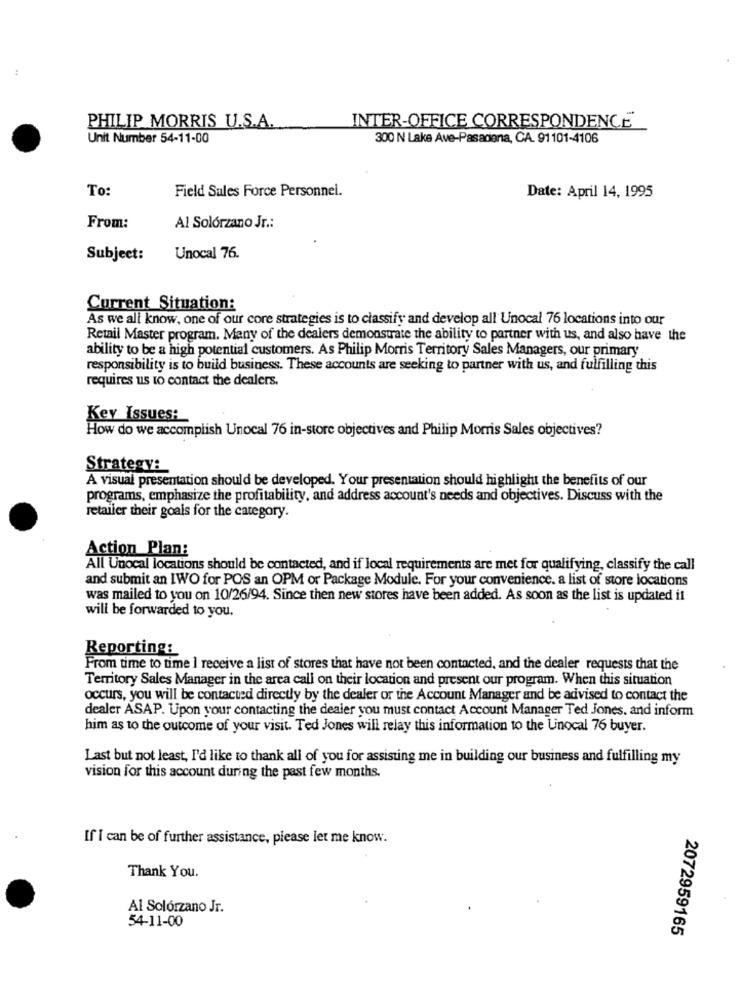
PHILIP MORRIS U.S.A.
INTER-OFFICE CORRESPONDENCE
Unit Number 54-11-00
300 N Lake Ave-Pasadena, CA. 91101-4106
To:
Field Sales Force Personnel.
Date: April 14, 1995
From:
Al Solórzano Jr .:
Subject:
Unocal 76.
Current Situation:
As we all know, one of our core strategies is to classify and develop all Unocal 76 locations into our
Retail Master program. Many of the dealers demonstrate the ability to partner with us, and also have the
ability to be a high potential customers. As Philip Morris Territory Sales Managers, our primary
responsibility is to build business. These accounts are seeking to partner with us, and fulfilling this
requires us to contact the dealers.
Key Issues:
How do we accomplish Unocal 76 in-store objectives and Philip Morris Sales objectives?
Strategy:
A visual presentation should be developed. Your presentation should highlight the benefits of our
programs, emphasize the profitability, and address account's needs and objectives. Discuss with the
retailer their goals for the category.
Action Plan:
All Unocal locations should be contacted, and if local requirements are met for qualifying, classify the call
and submit an IWO for POS an OPM or Package Module. For your convenience. a list of store locations
was mailed to you on 10/26/94. Since then new stores have been added. As soon as the list is updated it
will be forwarded to you.
Reporting:
From time to time I receive a list of stores that have not been contacted, and the dealer requests that the
Territory Sales Manager in the area call on their location and present our program. When this situation
occurs, you will be contacted directly by the dealer or the Account Manager and be advised to contact the
dealer ASAP. Upon your contacting the dealer you must contact Account Manager Ted Jones, and inform
him as to the outcome of your visit. Ted Jones will relay this information to the Unocal 76 buyer.
Last but not least, I'd like to thank all of you for assisting me in building our business and fulfilling my
vision for this account during the past few months.
If I can be of further assistance, please let me know.
Thank You.
Al Solórzano Jr.
54-11-00
2072959165